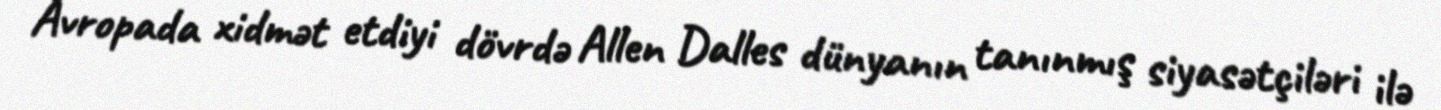
Avropada xidmət etdiyi dövrdə Allen Dalles dünyanın tanınmış siyasətçiləri ilə